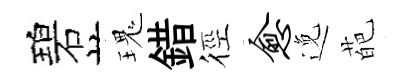
碧瑰錯徑愈𨓜葩